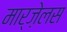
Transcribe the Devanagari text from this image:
मार्ज़ेलस